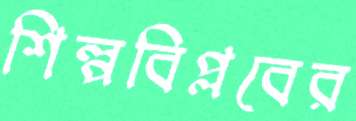
শিল্পবিপ্লবের